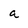
Character: a